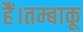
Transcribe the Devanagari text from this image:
हैं।तम्बाकू